Indian Medical Review
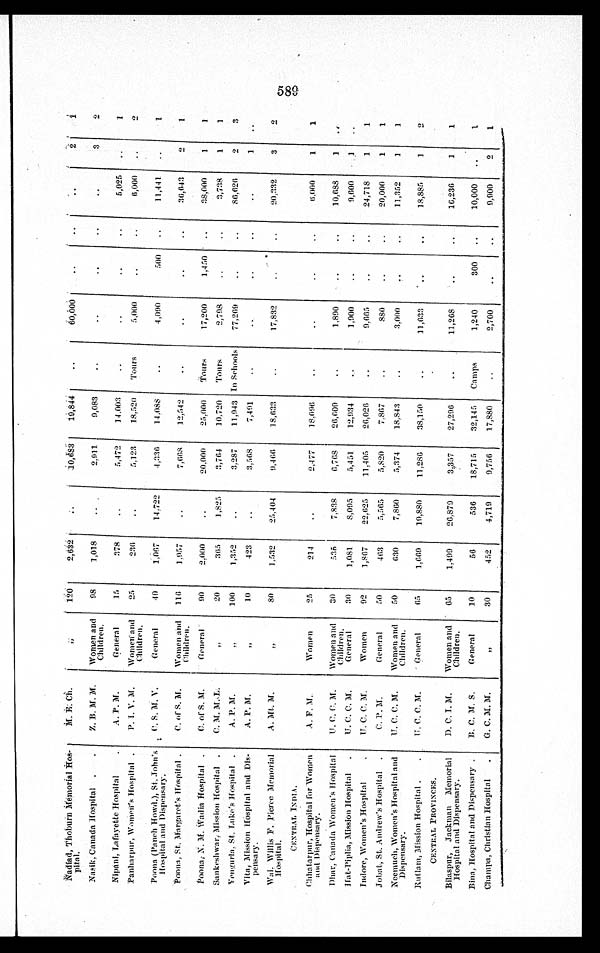
Nadiad, Thoburn Memorial Hos-
pital.
M. E. Ch.
„
120
2,632
1 0 , 6 8 3 19,844
60,000
2
1
Nasik, Canada Hospital
Z. B. M. M.
Women and
Children.
98
1,018
2,911
9,083
3
2
Nipani, Lafayette Hospital
A . P . M .
General
15
378
5 , 4 7 2 14,003
5,025
1
Panharpur, Women's Hospital
P. I. V. M.
Women and
Children.
25
236
5,123
18,520
Tours
5,000
6,000
2
Poona (Panch Howd.), St. John's
Hospital and Dispensary.
C. S. M. V.
G e n e r a l
40
1,067
14,722
4,336
14,088
4,090
500
11,441
1
Poona, St. Margaret's Hospital
C. of S. M.
Women and
Children.
116
1,957
7,668
12,542
36,643
2
1
Poona, N. M. Wadia Hospital
C. of S. M.
General
90
2,000
20,000
25,000 Tours
17,200
1,450
38,000
1
1
Sankeshwar, Mission Hospital
C. M. M. L
„
20
365
1,825
3 , 7 6 4 10,720 Tours
2,798
3,738
1
1
Vengurla, St. Luke's Hospital
A. P. M.
„
100
1,352
3,287
11,943 In Schools
77,269
86,626
2
3
Vita, Mission Hospital and Dis- p e n s a r y
A. P. M
„
10
423
3,568
1
Wai, Willis F. Pierce Memorial
Hospital.
A. Mt. M.
„
80
1,532
25,404
9,466
18,633
17,832
20,332
3
2
CENTRAL INDIA.
Chhatarpur, Hospital for Women
and Dispensary.
A. F. M.
W o m e n
25
214
2,477
18,096
6,000
1
1
Dhar, Canada Women's Hospital
U. C. C. M.
Women and
Children.
30
535
7,838
6 , 7 6 8 26,609
1,890
10,688
1
Hat-Piplia, Mission Hospital
U. C. C. M.
General
30
1,081
8,095
5,451
12,934
1,900
9,600
1
Indore, Women's Hospital
U. C. C. M.
Women
92
1,867
22,625
11,405
26,026
9,665
24,718
1
1
Jobat, St. Andrew's Hospital
C. P. M.
General
50
463
5 , 5 6 5 5,820
7,867
880
20,000
1
1
Neemuch, Women's Hospital and
Dispensary.
U. C. C. M.
Women and
Children.
50
630
7,860
5 , 3 7 4 18,843
3,000
11,352
1
1
Rutlam, Mission Hospital
U. C. C. M.
General
65
1,669
19,880
11,286
38,150
11,633
18,885
1
2
CENTRAL PROVINCES.
Bilaspur, Jackman Memorial
Hospital and Dispensary.
D. C. I. M.
Women and
Children.
65
1,499
26,879
3,357
27,296
11,268
16,236
1
1
Bina, Hospital and Dispensary
B. C. M. S.
General
10
56
536
18,715
32,145 Camps
1,240
300
10,000
1
Champa, Christian Hospital
G. C. M. M
„
30
452
4,719
9,756
17,880
2,700
9,900
2
1
589